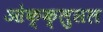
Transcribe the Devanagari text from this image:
ओक्क्लुसल